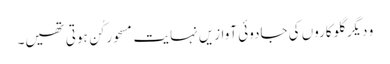
و دیگر گلوکاروں کی جادوئی آوازیں نہایت مسحور کُن ہوتی تھیں۔